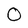
Character: 0